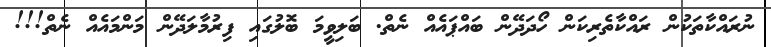
ނުރައްކާތަކުން ރައްކާތެރިކަން ހޯދަދޭން ބައްޕައެއް ނެތް. ބަލިވީމަ ބޮލުގައި ފިރުމާލަދޭން މަންމައެއް ނެތް!!!